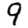
Digit: 9